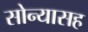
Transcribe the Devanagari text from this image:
सोन्यासह